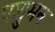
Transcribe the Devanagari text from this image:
पशुमन